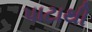
પાટાથી